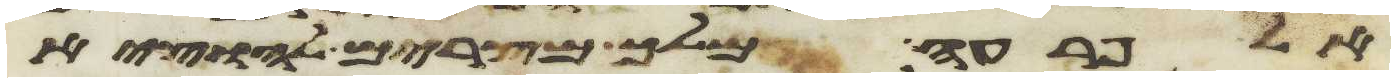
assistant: אל פרעה מלך מצרים להוציא